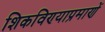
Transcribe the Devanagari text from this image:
शिकविण्याप्रमाणें